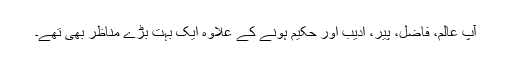
آپ عالم، فاضل، پیر، ادیب اور حکیم ہونے کے علاوہ ایک بہت بڑے مناظر بھی تھے۔